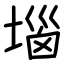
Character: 堖